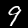
Digit: 9